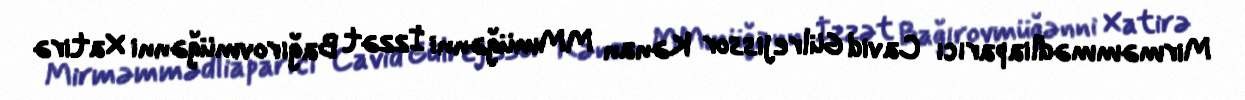
Mirməmmədliaparıcı Cavid Gülrejissor Kənan MMmüğənni İzzət Bağırovmüğənni Xatirə